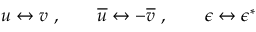
u \leftrightarrow v \ , \qquad { \overline { { u } } } \leftrightarrow - { \overline { { v } } } \ , \qquad \epsilon \leftrightarrow \epsilon ^ { \ast }